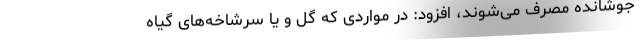
جوشانده مصرف می‌شوند، افزود: در مواردی که گُل و یا سرشاخه‌های گیاه